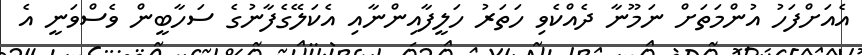
އެއަށްފަހު އުންމަތަށް ނަމޫނާ ދެއްކެވި ހަތަރު ހަލީފާއިންނާއި އެކަލޭގެފާނުގެ ސަހާބީން ވެސްވަނީ އެ